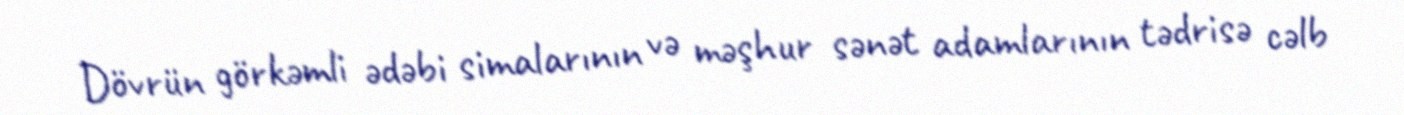
Dövrün görkəmli ədəbi simalarının və məşhur sənət adamlarının tədrisə cəlb